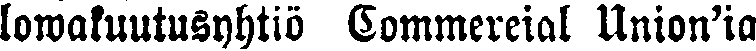
lowakuutusyhtiö Commercial Union'ia